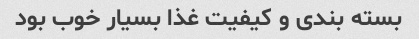
بسته بندی و کیفیت غذا بسیار خوب بود